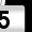
Digit: 5